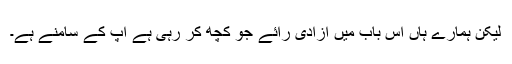
لیکن ہمارے ہاں اس باب میں آزادی رائے جو کچھ کر رہی ہے آپ کے سامنے ہے۔